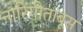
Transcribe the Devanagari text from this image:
नारिंगीतांबूस